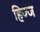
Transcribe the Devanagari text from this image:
हिज्ज